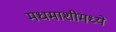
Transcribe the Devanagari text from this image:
मधमाशीमध्ये